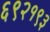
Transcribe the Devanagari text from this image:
६९२१९३